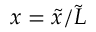
x = \tilde { x } / \tilde { L }